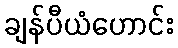
ချန်ပီယံဟောင်း